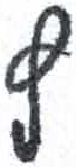
אות: ץ